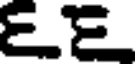
EE